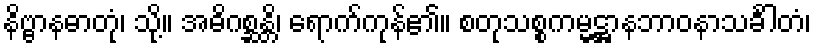
နိဗ္ဗာနဓာတုံ၊ သို့။ အဓိဂစ္ဆန္တိ၊ ရောက်ကုန်၏။ စတုသစ္စကမ္မဋ္ဌာနဘာဝနာသင်္ခါတံ၊